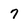
Character: 7